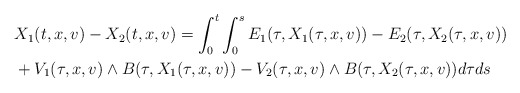
\begin{align*}\begin{aligned}&X_1(t,x,v)-X_2(t,x,v)=\int_{0}^{t} \int_{0}^{s}E_1(\tau,X_1(\tau,x,v))-E_2(\tau,X_2(\tau,x,v))\\& +V_1(\tau,x,v) \wedge B(\tau,X_1(\tau,x,v))-V_2(\tau,x,v) \wedge B(\tau,X_2(\tau,x,v))d\tau ds\end{aligned}\end{align*}